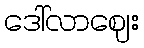
ဒေါ်လာဈေး